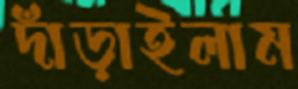
দাঁড়াইলাম